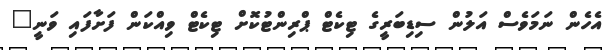
އެހެން ނަމަވެސް އަލުން ސިޑިބަރީގެ ޓިކެޓް ޕްރިންޓުކޮށް ޓިކެޓް ވިއްކަން ފަށާފައި ވަނީ"